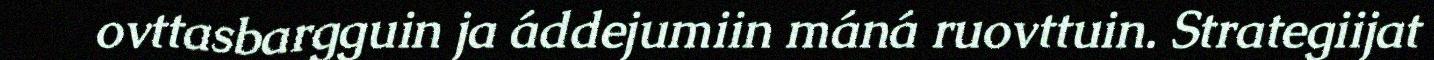
ovttasbargguin ja áddejumiin máná ruovttuin. Strategiijat